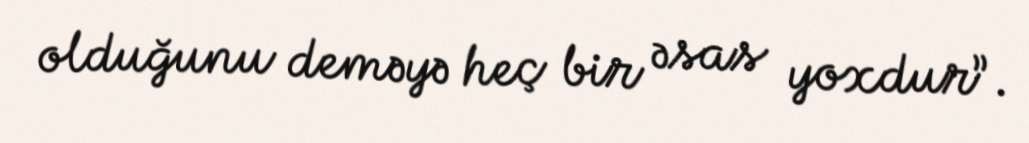
olduğunu deməyə heç bir əsas yoxdur”.